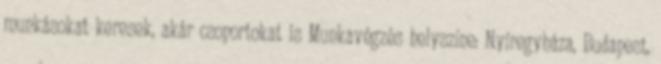
munkásokat keresek, akár csoportokat is Munkavégzés helyszíne: Nyíregyháza, Budapest,